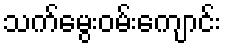
သက်မွေးဝမ်းကျောင်း